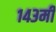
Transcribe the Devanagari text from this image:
१४३मी